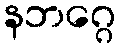
နဘဂ္ဂေ